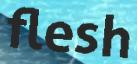
flesh